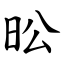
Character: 昖